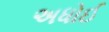
અધોઈ